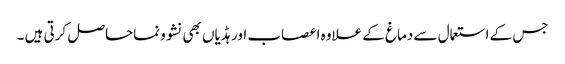
جس کے استعمال سے دماغ کے علاوہ اعصاب اور ہڈیاں بھی نشوونماحاصل کرتی ہیں ۔